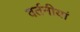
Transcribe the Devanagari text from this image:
वर्तनीयां